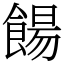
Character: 餳